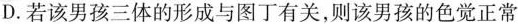
D.若该男孩三体的形成与图丁有关，则该男孩的色觉正常